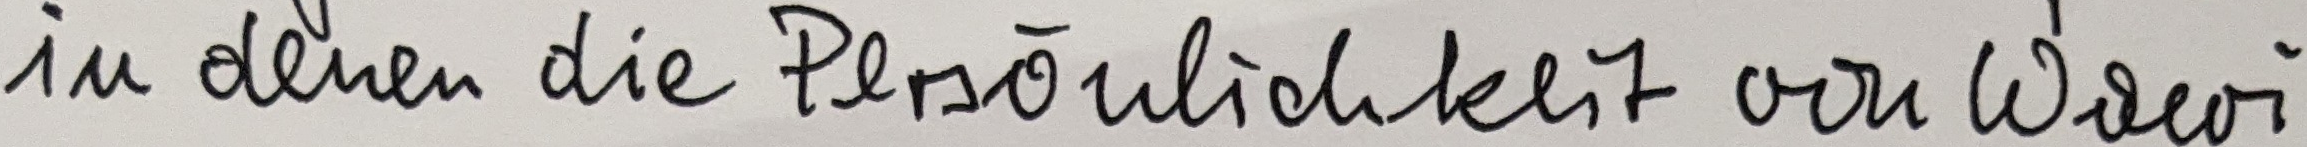
in denen die Persönlichkeit von Wawi